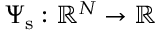
\Psi _ { \mathrm { s } } : \mathbb { R } ^ { N } \rightarrow \mathbb { R }